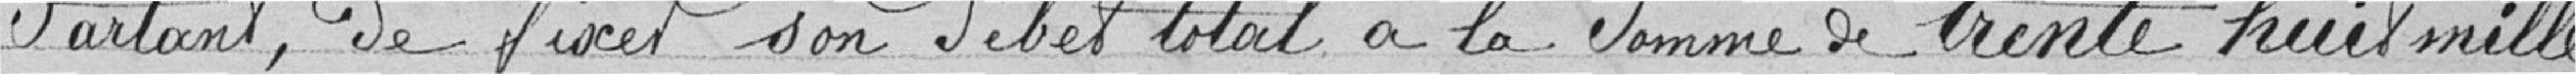
Parlant, de fixer son débet total à la somme de trente-huit mille